Cholera in southern India
Disease focus: Cholera
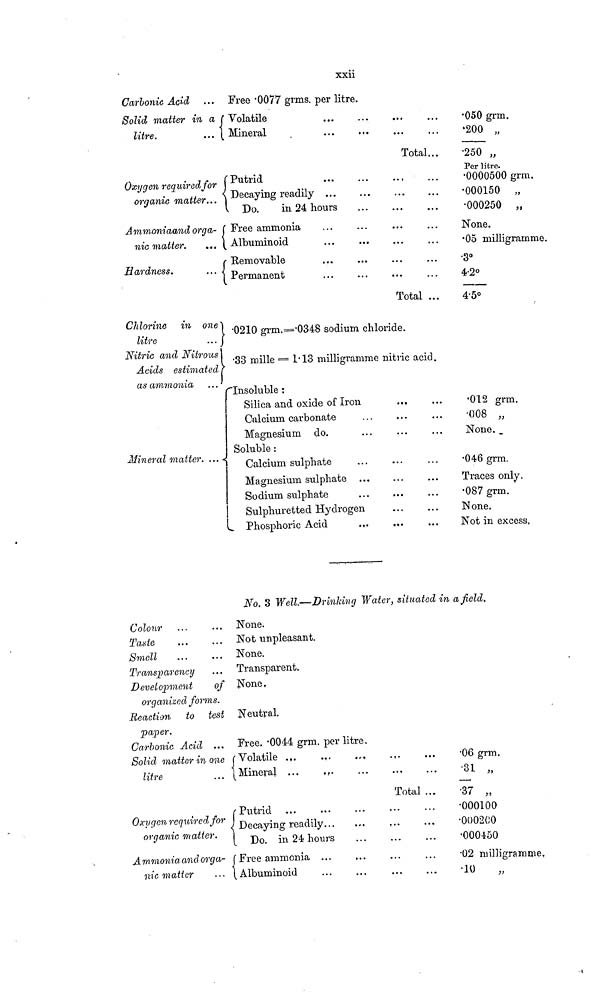
xxii
Carbonic Acid
Solid matter in a
litre.
Free .0077 grms. per litre.
Volatile
Mineral
Total...
.050 grm.
.200 „
.250 ,,
Oxygen required for
organic matter...
Ammoniaand orga-
nic matter.
Hardness.
Putrid
Decaying readily
Do.
in 24 hours
Free ammonia
Albuminoid
Removable
Permanent
Total ...
Per litre.
.0000500 grm.
.000150 „
.000250 „
None.
.05 milligramme.
.3°4
.2°4
.5°C
hlorine in one
litre
...
Nitric and Nitrous
Acids estimated
as ammonia ...
Mineral matter.
.0210 grm.=.0348 sodium chloride.
•33 mille = 1.13 milligramme nitric acid.
Insoluble :
Silica and oxide of Iron
Calcium carbonate
Magnesium do.
Soluble :
Calcium sulphate
Magnesium sulphate
Sodium sulphate
Sulphuretted Hydrogen
Phosphoric Acid
.012 grm.
.008
None.
.046 grm.
Traces only.
.087 grm.
None.
Not in excess,
No. 3 Well.—Drinking Water, situated in a field.
Colour
Taste
Smell
Transparency
Development
of
organized forms.
Reaction to test
paper.
Carbonic Acid ...
Solid matter in one
litre
Oxygen required for
organic matter.
Ammonia and orga-
nic matter
None.
Not unpleasant.
None.
Transparent.
None,
Neutral.
Free. .0044 grm. per litre.
Volatile ..
Mineral ...
.
Putrid
Decaying readily
Do. in 24 hours
Free ammonia ...
Albuminoid
Total ...
...
...
...
...
.06 grm.
.31 „
.37 „
.000100
.000200
.000450
.02 milligramme,
.10
„